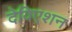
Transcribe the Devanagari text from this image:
देविएशन